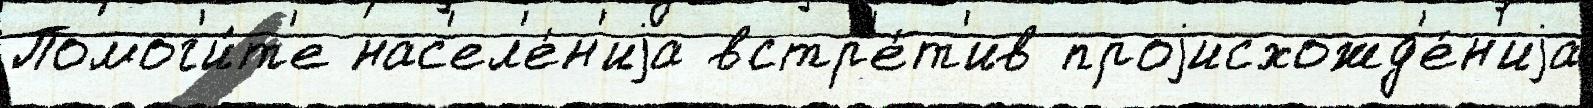
Помог'и́т'е нас'ел'е́н'иjа встр'е́т'ив проjисхожд'е́н'иjа